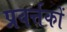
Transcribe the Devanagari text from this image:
प्रवर्त्तकों